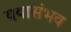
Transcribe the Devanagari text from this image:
ययासंभव